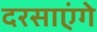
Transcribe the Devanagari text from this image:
दरसाएंगे